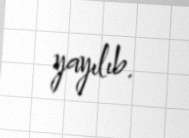
yayılıb.